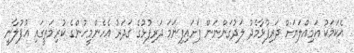
އެކަމަކު އަމިއްލަޔަށް ދަރިފުޅާމެދު ލަދުގަންނަން ފަށައިފިނަމަ ދަރިފުޅުގެ ގަދަރު އެހެންމީހުންގެ ކުރިމަތީގައި އުފުލާނީ